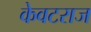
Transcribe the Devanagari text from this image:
केवटराज